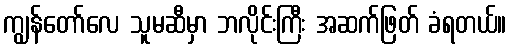
ကျွန်တော်လေ သူမဆီမှာ ဘလိုင်းကြီး အဆက်ဖြတ် ခံရတယ်။